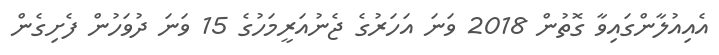
އެއިއުލާންގައިވާ ގޮތުން 2018 ވަނަ އަހަރުގެ ޖެނުއަރީމަހުގެ 15 ވަނަ ދުވަހުން ފެށިގެން